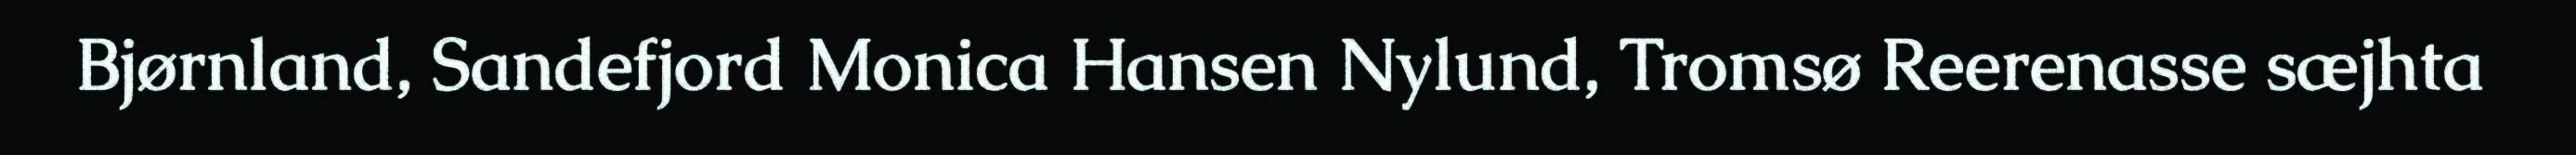
Bjørnland, Sandefjord Monica Hansen Nylund, Tromsø Reerenasse sæjhta